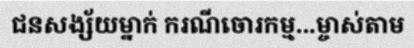
ជនសង្ស័យម្នាក់ ករណីចោរកម្ម...ម្ចាស់តាម